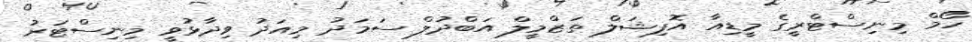
ހޯމް މިނިސްޓްރީގެ މީޑިއާ އޮފިޝަލް ތަޒްމީލް އަބްދުލް ސަމަދު މިއަދު ވިދާޅުވީ މިނިސްޓަރު